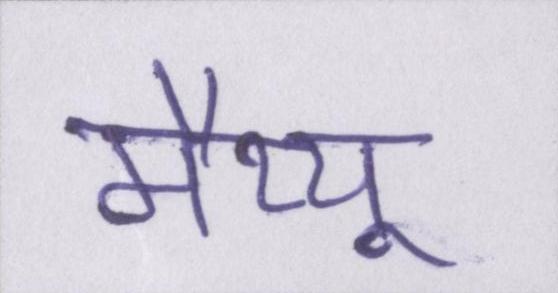
मैथ्यू